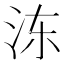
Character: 𰛒